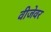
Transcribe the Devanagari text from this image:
वीजेवर